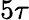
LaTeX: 5\tau